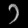
Digit: ၁